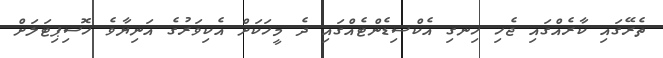
ތެރޭގައި ކާރެއްގައި ޖެހި ހިނގި އެކްސިޑެންޓެއްގައި ދެ މީހަކަށް އެކިވަރުގެ އަނިޔާވެ ހޮސިޕިޓަލަށް